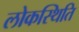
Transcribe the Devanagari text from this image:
लोकस्थिति